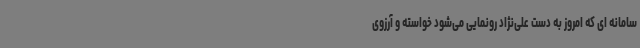
سامانه ای که امروز به دست علی‌نژاد رونمایی می‌شود خواسته و آرزوی